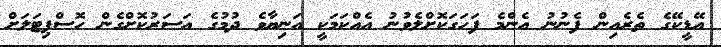
އޭޑީކޭގެ ތެރެއިން ފެނުނު އެންމެ ފަހަގަކޮށްލެވުނު އެއްކަމަކީ އަނިޔާވެ ދުމުގެ އަސަރުކޮށްގެން ހޮސްޕިޓަލަށް